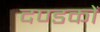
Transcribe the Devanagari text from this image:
दण्डकों